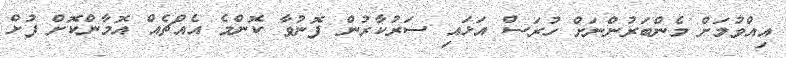
އިއްވުމަށް މެންބަރުންނަށް ހުރަސް އަޅައި ސަރުކާރުން ފޮނުވާ ކޮންމެ އެއްޗެއް އޮމާންކޮށް ފުށް